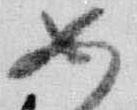
如